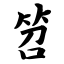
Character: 笤